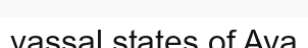
vassal states of Ava